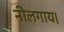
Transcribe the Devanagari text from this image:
नीलगाय।